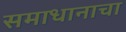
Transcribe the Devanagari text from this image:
समाधानाचा